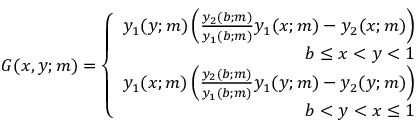
\begin{array} { r } { G ( x , y ; m ) = \left\{ \begin{array} { r } { y _ { 1 } ( y ; m ) \left( \frac { y _ { 2 } ( b ; m ) } { y _ { 1 } ( b ; m ) } y _ { 1 } ( x ; m ) - y _ { 2 } ( x ; m ) \right) } \\ { b \leq x < y < 1 } \\ { y _ { 1 } ( x ; m ) \left( \frac { y _ { 2 } ( b ; m ) } { y _ { 1 } ( b ; m ) } y _ { 1 } ( y ; m ) - y _ { 2 } ( y ; m ) \right) } \\ { b < y < x \leq 1 } \end{array} \right. } \end{array}